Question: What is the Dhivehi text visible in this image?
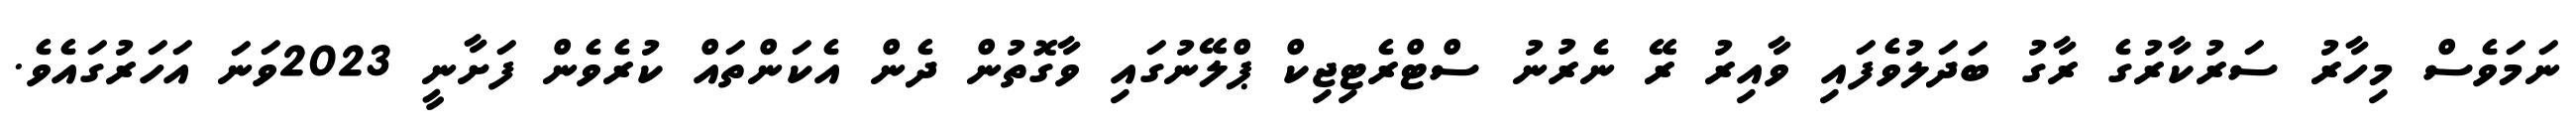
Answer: ނަމަވެސް މިހާރު ސަރުކާރުގެ ރާގު ބަދަލުވެފައި ވާއިރު ރޭ ނެރުނު ސްޓްރެޓިޖިކް ޕްލޭނުގައި ވާގޮތުން ދެން އެކަންތައް ކުރެވެން ފަށާނީ 2023ވަނަ އަހަރުގައެވެ.